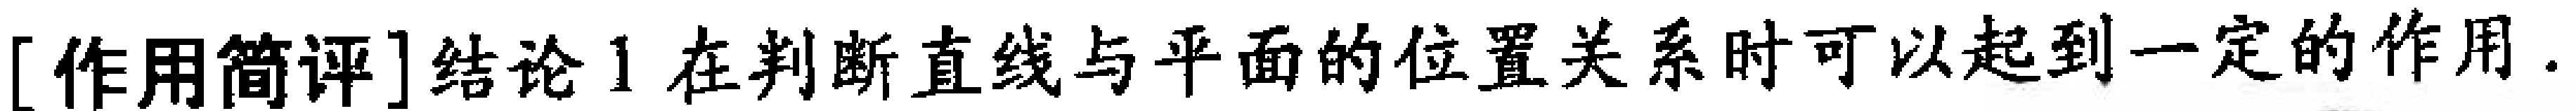
[作用简评]结论1 在判断直线与平面的位置关系时可以起到一定的作用.